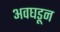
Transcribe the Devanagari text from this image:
अवघडून